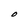
Character: O